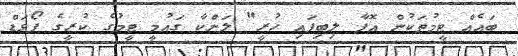
ބައެއް ޓީމުތަކުން އޮފާ ލިބިފައި ހުރީ" ލަންކާ ގައުމީ ޓީމުގެ ކުރީގެ ފޯވަޑް